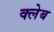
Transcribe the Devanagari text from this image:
क्लेब